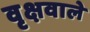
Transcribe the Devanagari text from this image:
वृक्षवाले